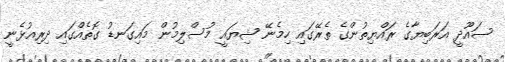
ސައޫދީ އަރަބިޔާގެ ރައްޔިތުންގެ ތެރޭގައި ހިމެނޭ ޝިޔައީ މުސްލިމުން މައިގަނޑު ގޮތެއްގައި ދިރިއުޅެނީ